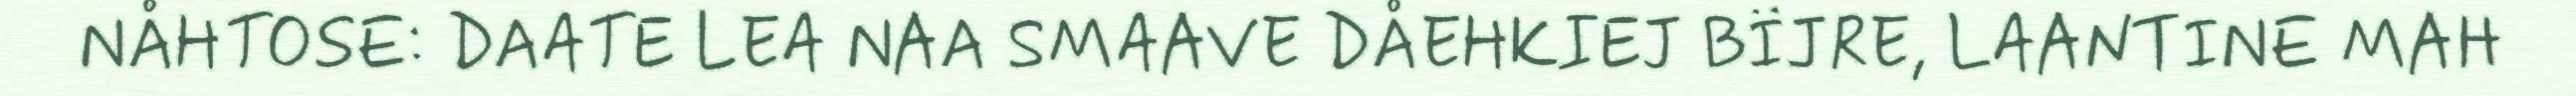
NÅHTOSE: DAATE LEA NAA SMAAVE DÅEHKIEJ BÏJRE, LAANTINE MAH